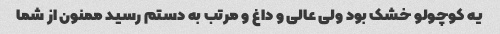
یه کوچولو خشک بود ولی عالی و داغ و مرتب به دستم رسید ممنون از شما